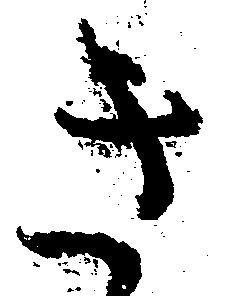
き